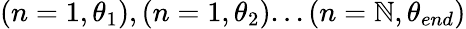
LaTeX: (n=1,\theta_{1}),(n=1,\theta_{2})...(n=\mathbb{N},\theta_{end})